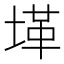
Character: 𱗋